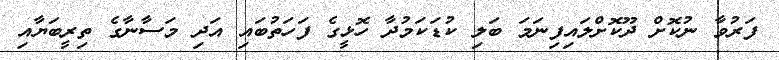
ފަރުވާ ނުކޮށް ދޫކޮށްލައިފިނަމަ ބަލި ކުޑަކަމުދާ ހޮޅީގެ ފަހަތުބައި އަދި މަސާނާގެ ތިރީބަޔާއި